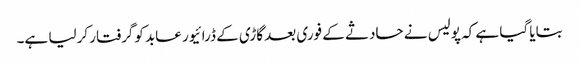
بتایا گیا ہے کہ پولیس نے حادثے کے فوری بعد گاڑی کے ڈرائیور عابد کوگرفتار کرلیا ہے۔